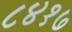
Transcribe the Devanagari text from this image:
८४१७